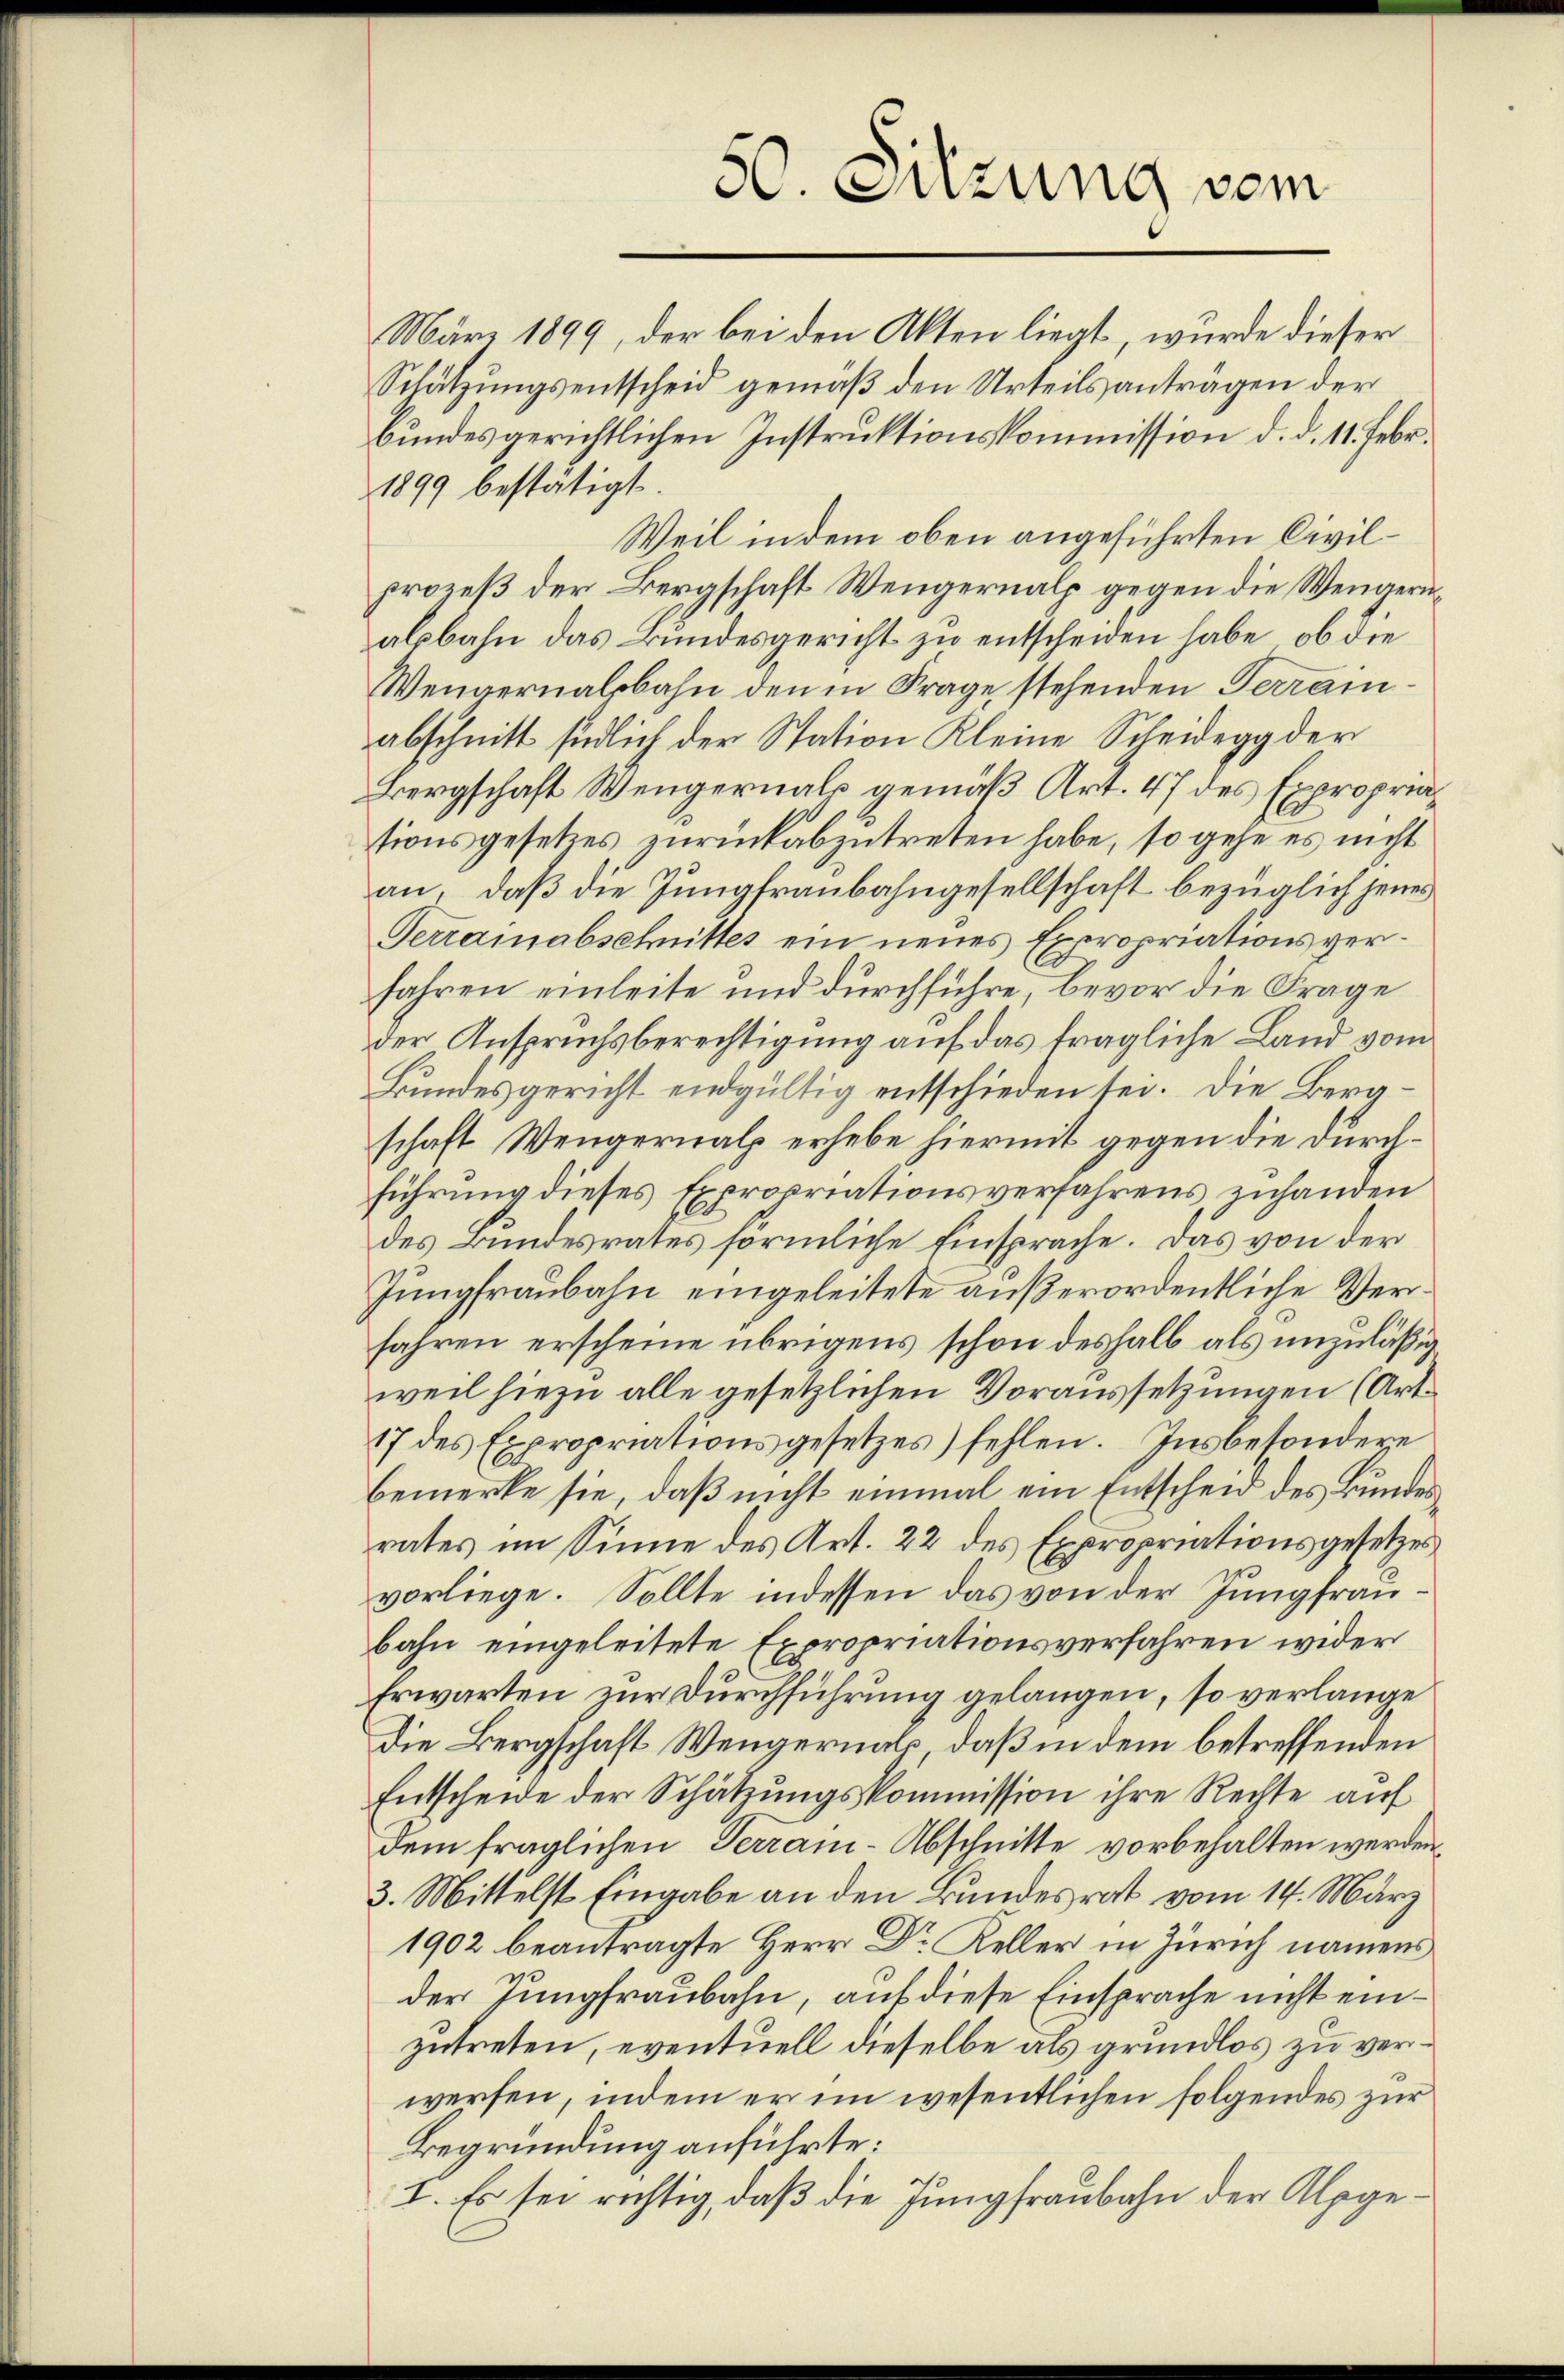
März 1899, der bei den Akten liegt, wurde dieser
Schätzungsentscheid gemäß den Urteilsanträgen der
Bundes gerichtlichen Instruktionskommission d. d. 11. Febr.
1899 bestätigt.
Weil in dem oben angeführten Civilprozeß der Bergschaft Wengernalp gegen die Wengerualsbahn das Bundesgericht zu entscheiden habe, ob die
Wengernalbahn den in Frage stehenden Terrainabschnitt südlich der Station Kleine Scheidegg der
Bergschaft Wengernals gemäß Art. 47 des Expropriationsgesetzes zurück abzutreten habe, so gehe es nicht
an, daß die Jungfraubahngesellschaft bezüglich jenes
Terrainabschnittes ein neues Expropriationsverfahren einleite und durchführe, bevor die Frage
der Anspruchsberechtigung auf das fragliche Land vom
Bundesgericht endgültig entschieden sei. Die Bergschaft Wengernals erhebe hiermit gegen die durchführung dieses Expropriationsverfahrens zuhanden
des Bundesrates förmliche Einsprache. Das von der
Jungfraubahn eingeleitete außerordentliche Verfahren erscheine übrigens schon deshalb als unzuläßig
weil hiezu alle gesetzlichen Voraussetzungen (Art.
17 des Expropriationsgesetzes) fehlen. Insbesondere
bemerke sie, daß nicht einmal ein Entscheid des Bundesrates im Sinne des Art. 22 des Expropriationsgesetzes
vorliege. Sollte indessen das von der Jungfraubahn eingeleitete Expropriationsverfahren wider
Erwarten zur Durchführung gelangen, so verlange
Die Bergschaft Wengernals, daß in dem betreffenden
Entscheide der Schätzungskommission ihre Rechte auf
dem fraglichen Terram-Abschnitte vorbehalten werden,
3. Mittelst Eingabe an den Bundesrat vom 14. März
1902 beantragte Herr Dr Keller in Zürich namens
der Jungfraubahn, auf diese Einsprache nicht einzutreten, eventuell dieselbe als grundlos zu verwerfen, indem er im wesentlichen folgendes zur
Begründung anführte:
I. Es sei richtig, daß die Jungfraubahn der Alpge¬

50. Sitzung vom